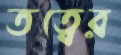
তত্বের